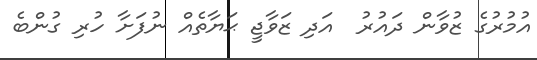
އުމުރުގެ ޒުވާން ދައުރު  އަދި ޒަވާޖީ ޙަޔާތެއް ނުފަށާ ހުރި ގުންބެ